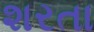
શરતા